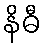
နိဓီ